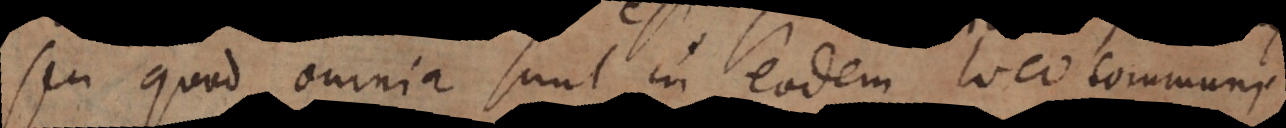
seu quod omnia sunt in eodem loco communi.